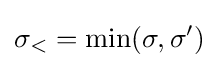
\sigma _{<}=\min(\sigma ,\sigma ')